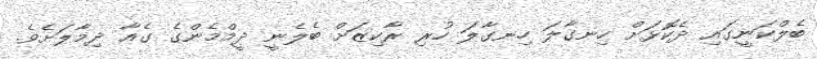
ބެލްކަނީގައި ދެކޮޅަށް ހިނގާލަ ހިނގާލަ ހުރި ރާކިޒަށް ބެލެނީ ދީމްމެންގެ ގެއާ ދިމާލަށެވެ.